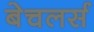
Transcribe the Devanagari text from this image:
बेचलर्स